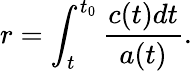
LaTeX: r=\int_{t}^{t_{0}}{\frac{c({t})d{t}}{a({t})}.}